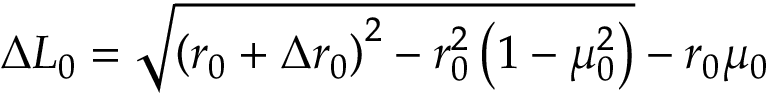
\Delta L _ { 0 } = \sqrt { \left( r _ { 0 } + \Delta r _ { 0 } \right) ^ { 2 } - r _ { 0 } ^ { 2 } \left( 1 - \mu _ { 0 } ^ { 2 } \right) } - r _ { 0 } \mu _ { 0 }